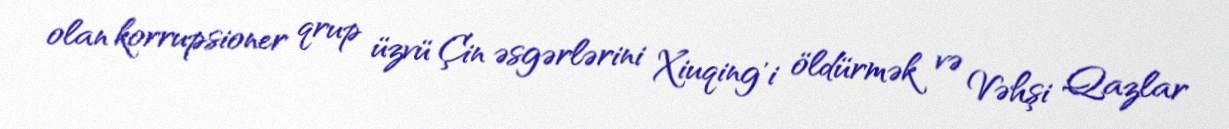
olan korrupsioner qrup üzvü Çin əsgərlərini Xiuqing'i öldürmək və Vəhşi Qazlar